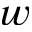
w